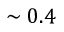
\sim 0 . 4